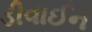
ડીવાઈન